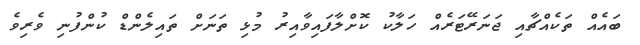
ބައެއް ތަކެއްޗާއި ޖަނަރޭޓަރެއް ހަލާކު ކޮށްލާފައިވާއިރު މުޅި ތަނަށް ތައިލެންޑް ކުންފުނި ވެރިވެ